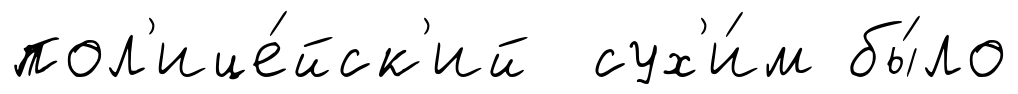
пол'ице́йск'ий сух'и́м бы́ло